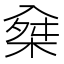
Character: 𠓲